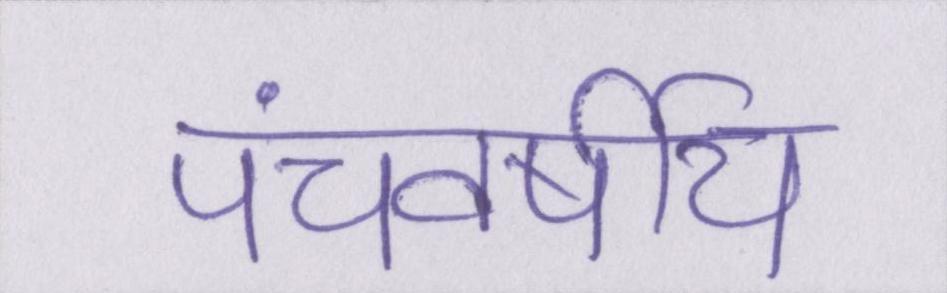
पंचवर्षीय